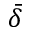
\bar { \delta }